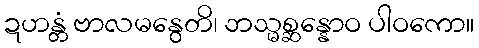
ဍဟန္တံ ဗာလမနွေတိ၊ ဘသ္မစ္ဆန္နောဝ ပါဝကော။